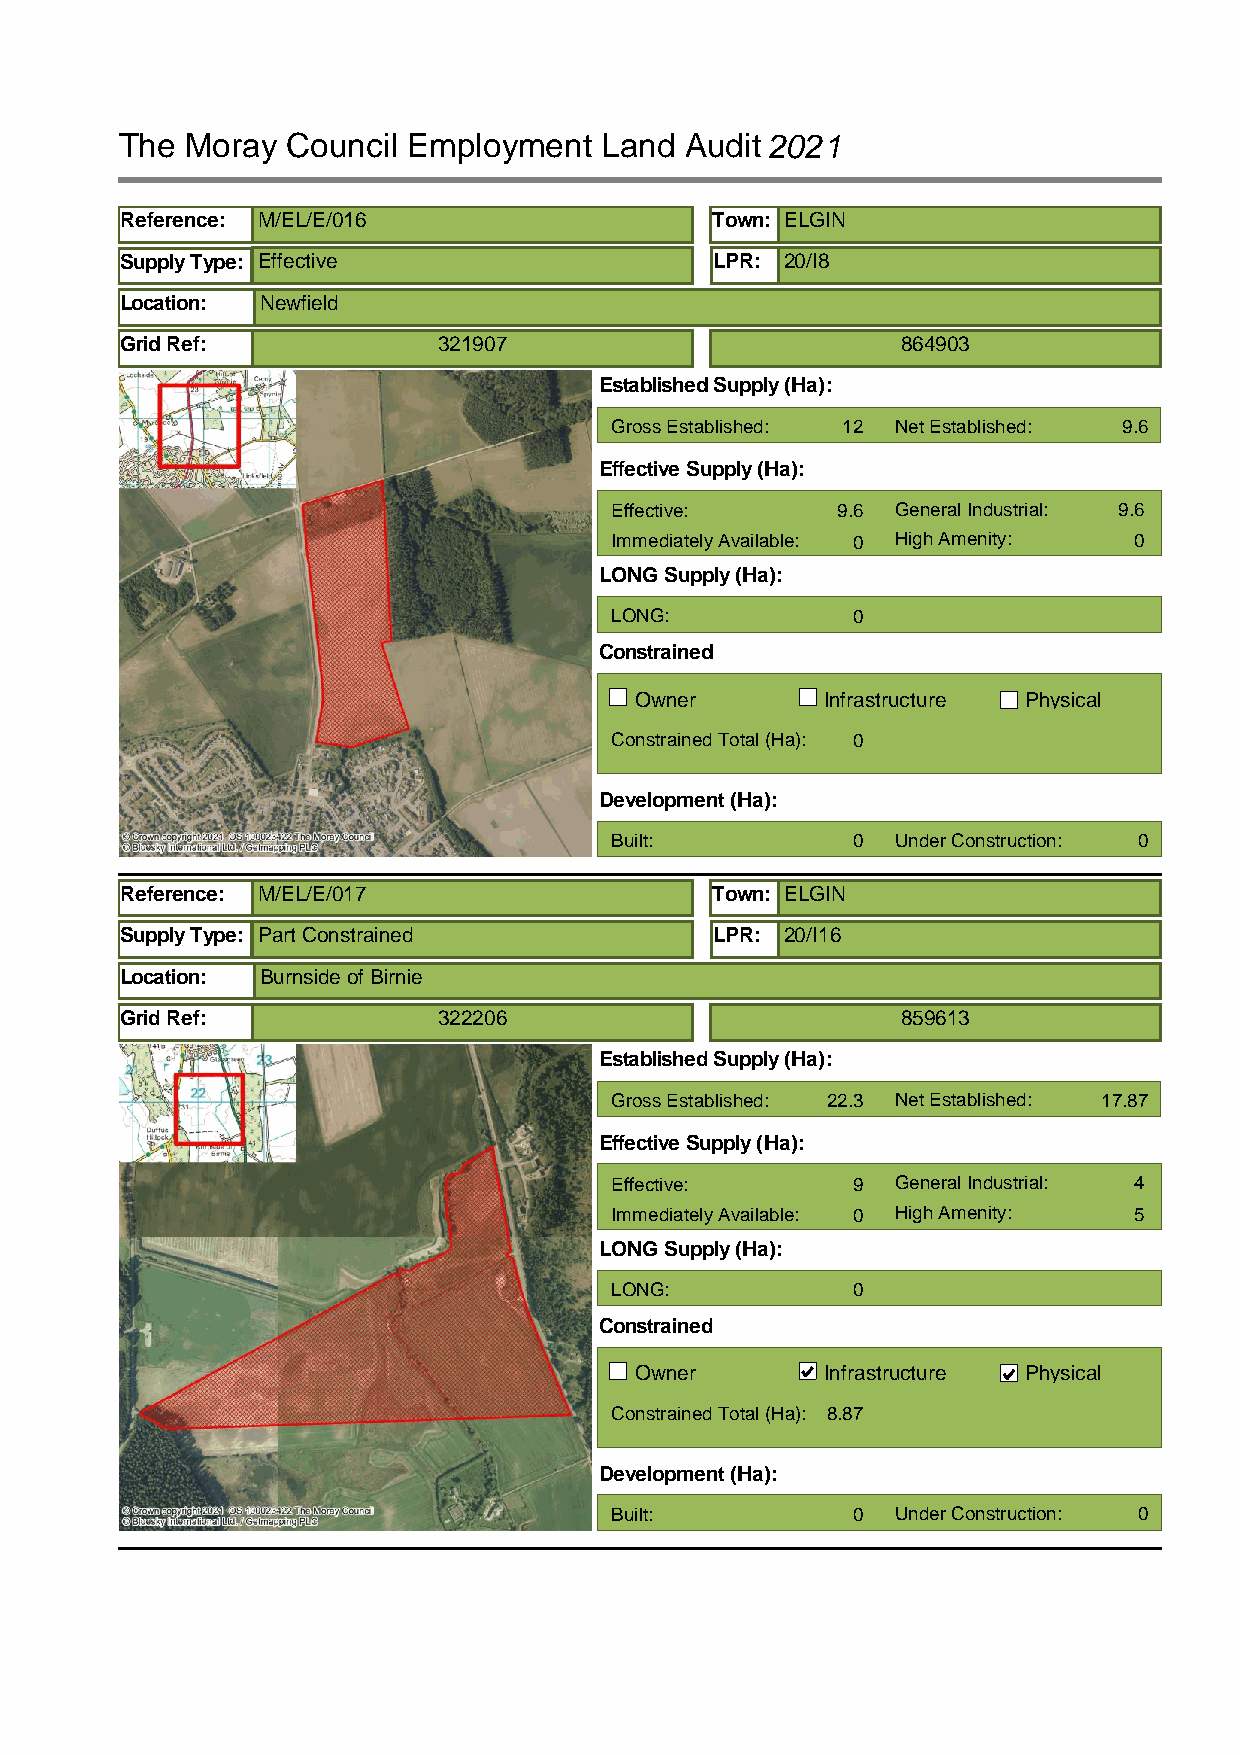
The Moray  Council Employment   Land Audit2021
 Reference: M/EL/E/016                  Town: ELGIN
 Supply Type: Effective                 LPR: 20/I8
 Location: Newfield
 Grid Ref:            321907                         864903
 Established Supply (Ha):
 Gross Established: 12 Net Established: 9.6
 Effective Supply (Ha):
 Effective:     9.6 General Industrial: 9.6
 Immediately Available: 0 High Amenity: 0
 LONG Supply (Ha):
 LONG:           0
 Constrained
 Owner        Infrastructure Physical
 Constrained Total (Ha): 0
 Development (Ha):
 Built:          0  Under Construction: 0
 Reference: M/EL/E/017                  Town: ELGIN
 Supply Type: Part Constrained          LPR: 20/I16
 Location: Burnside of Birnie
 Grid Ref:            322206                         859613
 Established Supply (Ha):
 Gross Established: 22.3 Net Established: 17.87
 Effective Supply (Ha):
 Effective:      9  General Industrial: 4
 Immediately Available: 0 High Amenity: 5
 LONG Supply (Ha):
 LONG:           0
 Constrained
 Owner        Infrastructure Physical
 Constrained Total (Ha): 8.87
 Development (Ha):
 Built:          0  Under Construction: 0